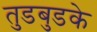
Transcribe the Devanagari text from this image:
तुडबुडके